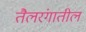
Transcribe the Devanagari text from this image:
तैलरंगातील